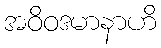
အဝိဝဒမာနာဟိ